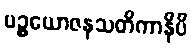
ပဉ္စယောဇနသတိကာနိပိ